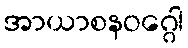
အာယာစနဝဂ္ဂေါ